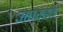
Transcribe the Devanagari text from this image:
अपरहत